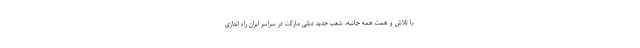
با تلاش و همت همه جانبه، شعب جدید دیلی مارکت در سراسر ایران راه اندازی